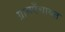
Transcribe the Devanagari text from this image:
ग्रामपँचायत